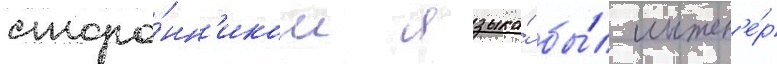
сторо́нн'иком языка́ бы́л инжен'е́р